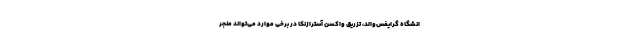
انشگاه گرایفس‌والد، تزریق واکسن آسترازنکا در برخی موارد می‌تواند منجر